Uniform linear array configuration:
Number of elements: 24
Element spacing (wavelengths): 0.5
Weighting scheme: blackman
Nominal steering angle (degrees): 30
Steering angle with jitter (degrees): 31.519
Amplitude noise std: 0.05
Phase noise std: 0.05

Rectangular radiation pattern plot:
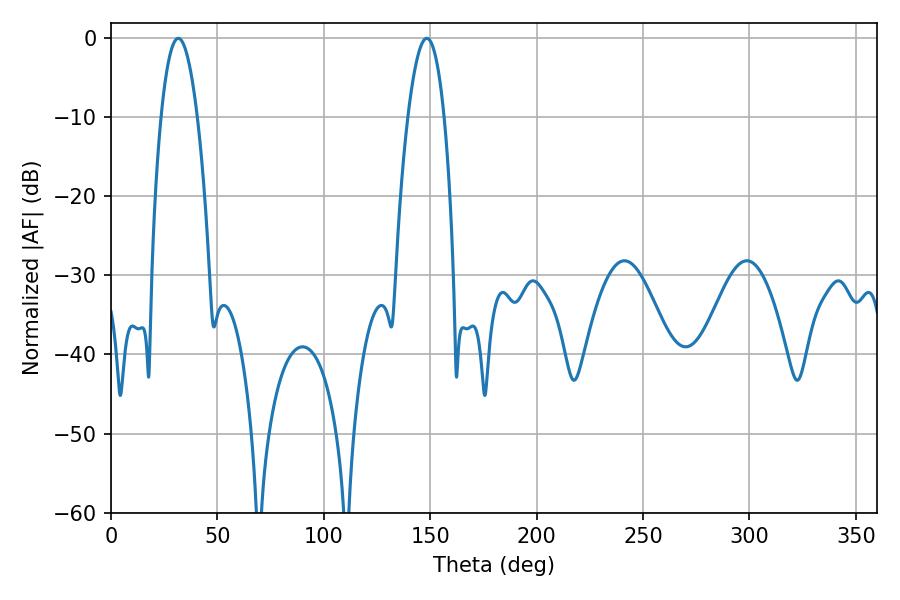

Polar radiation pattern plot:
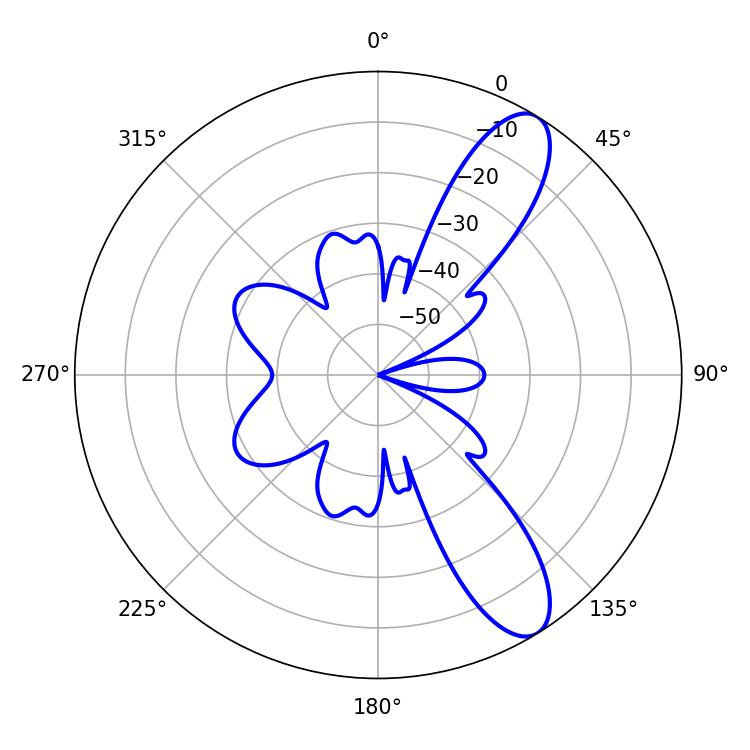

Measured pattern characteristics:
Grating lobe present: FALSE
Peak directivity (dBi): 10.357
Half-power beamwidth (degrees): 9.36
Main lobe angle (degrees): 148.32